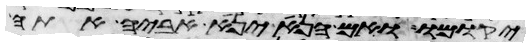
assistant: יקומו ואם הנא יניא אביה אתה